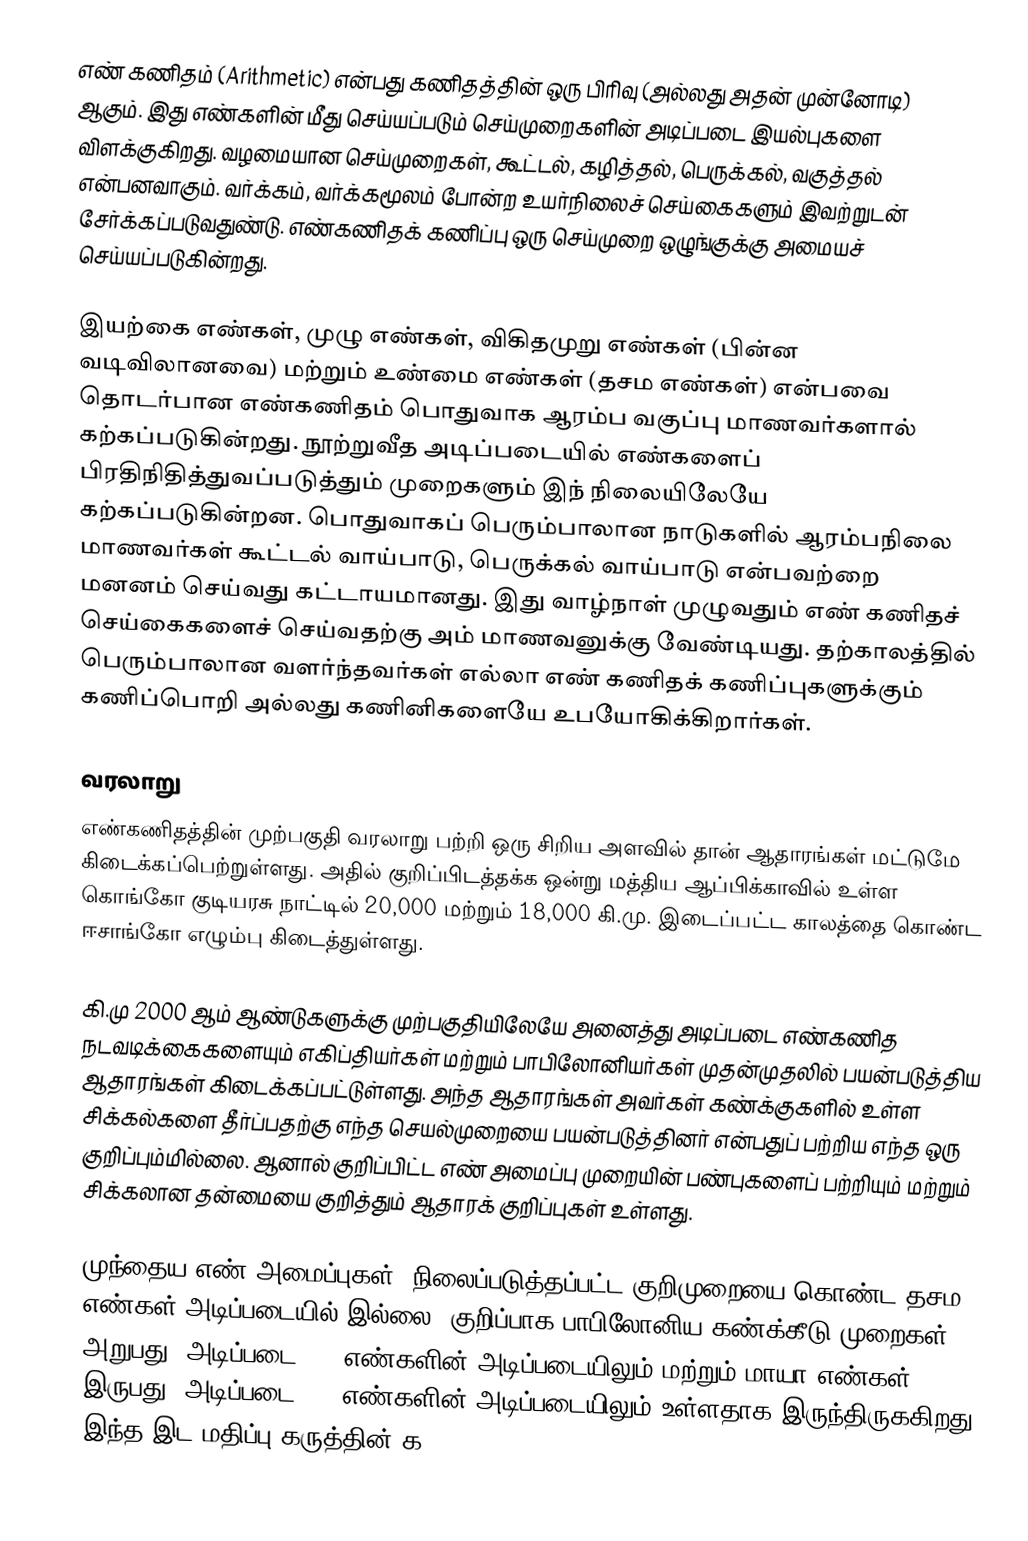
எண் கணிதம் (Arithmetic) என்பது கணிதத்தின் ஒரு பிரிவு (அல்லது அதன் முன்னோடி) ஆகும். இது எண்களின் மீது செய்யப்படும் செய்முறைகளின் அடிப்படை இயல்புகளை விளக்குகிறது. வழமையான செய்முறைகள், கூட்டல், கழித்தல், பெருக்கல், வகுத்தல் என்பனவாகும். வர்க்கம், வர்க்கமூலம் போன்ற உயர்நிலைச் செய்கைகளும் இவற்றுடன் சேர்க்கப்படுவதுண்டு. எண்கணிதக் கணிப்பு ஒரு செய்முறை ஒழுங்குக்கு அமையச் செய்யப்படுகின்றது.

இயற்கை எண்கள், முழு எண்கள், விகிதமுறு எண்கள் (பின்ன வடிவிலானவை) மற்றும் உண்மை எண்கள் (தசம எண்கள்) என்பவை தொடர்பான எண்கணிதம் பொதுவாக ஆரம்ப வகுப்பு மாணவர்களால் கற்கப்படுகின்றது. நூற்றுவீத அடிப்படையில் எண்களைப் பிரதிநிதித்துவப்படுத்தும் முறைகளும் இந் நிலையிலேயே கற்கப்படுகின்றன. பொதுவாகப் பெரும்பாலான நாடுகளில் ஆரம்பநிலை மாணவர்கள் கூட்டல் வாய்பாடு, பெருக்கல் வாய்பாடு என்பவற்றை மனனம் செய்வது கட்டாயமானது. இது வாழ்நாள் முழுவதும் எண் கணிதச் செய்கைகளைச் செய்வதற்கு அம் மாணவனுக்கு வேண்டியது. தற்காலத்தில் பெரும்பாலான வளர்ந்தவர்கள் எல்லா எண் கணிதக் கணிப்புகளுக்கும் கணிப்பொறி அல்லது கணினிகளையே உபயோகிக்கிறார்கள்.

வரலாறு
எண்கணிதத்தின் முற்பகுதி வரலாறு பற்றி ஒரு சிறிய அளவில் தான் ஆதாரங்கள் மட்டுமே கிடைக்கப்பெற்றுள்ளது. அதில் குறிப்பிடத்தக்க ஒன்று மத்திய ஆப்பிக்காவில் உள்ள கொங்கோ குடியரசு நாட்டில் 20,000 மற்றும் 18,000 கி.மு. இடைப்பட்ட காலத்தை கொண்ட ஈசாங்கோ எழும்பு கிடைத்துள்ளது.

கி.மு 2000 ஆம் ஆண்டுகளுக்கு முற்பகுதியிலேயே அனைத்து அடிப்படை எண்கணித நடவடிக்கைகளையும்  எகிப்தியர்கள் மற்றும் பாபிலோனியர்கள் முதன்முதலில் பயன்படுத்திய ஆதாரங்கள் கிடைக்கப்பட்டுள்ளது. அந்த ஆதாரங்கள் அவர்கள் கண்க்குகளில் உள்ள சிக்கல்களை தீர்ப்பதற்கு எந்த செயல்முறையை பயன்படுத்தினர் என்பதுப் பற்றிய எந்த ஒரு குறிப்பும்மில்லை. ஆனால் குறிப்பிட்ட  எண் அமைப்பு முறையின் பண்புகளைப் பற்றியும் மற்றும் சிக்கலான தன்மையை குறித்தும் ஆதாரக் குறிப்புகள் உள்ளது.

முந்தைய எண் அமைப்புகள், நிலைப்படுத்தப்பட்ட குறிமுறையை கொண்ட தசம எண்கள் அடிப்படையில் இல்லை. குறிப்பாக பாபிலோனிய கண்க்கீடு முறைகள் அறுபது (அடிப்படை 60) எண்களின் அடிப்படையிலும் மற்றும் மாயா எண்கள் இருபது (அடிப்படை 20) எண்களின் அடிப்படையிலும் உள்ளதாக இருந்திருககிறது. இந்த இட மதிப்பு கருத்தின் க